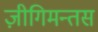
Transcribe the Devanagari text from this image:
ज़ीगिमन्तस